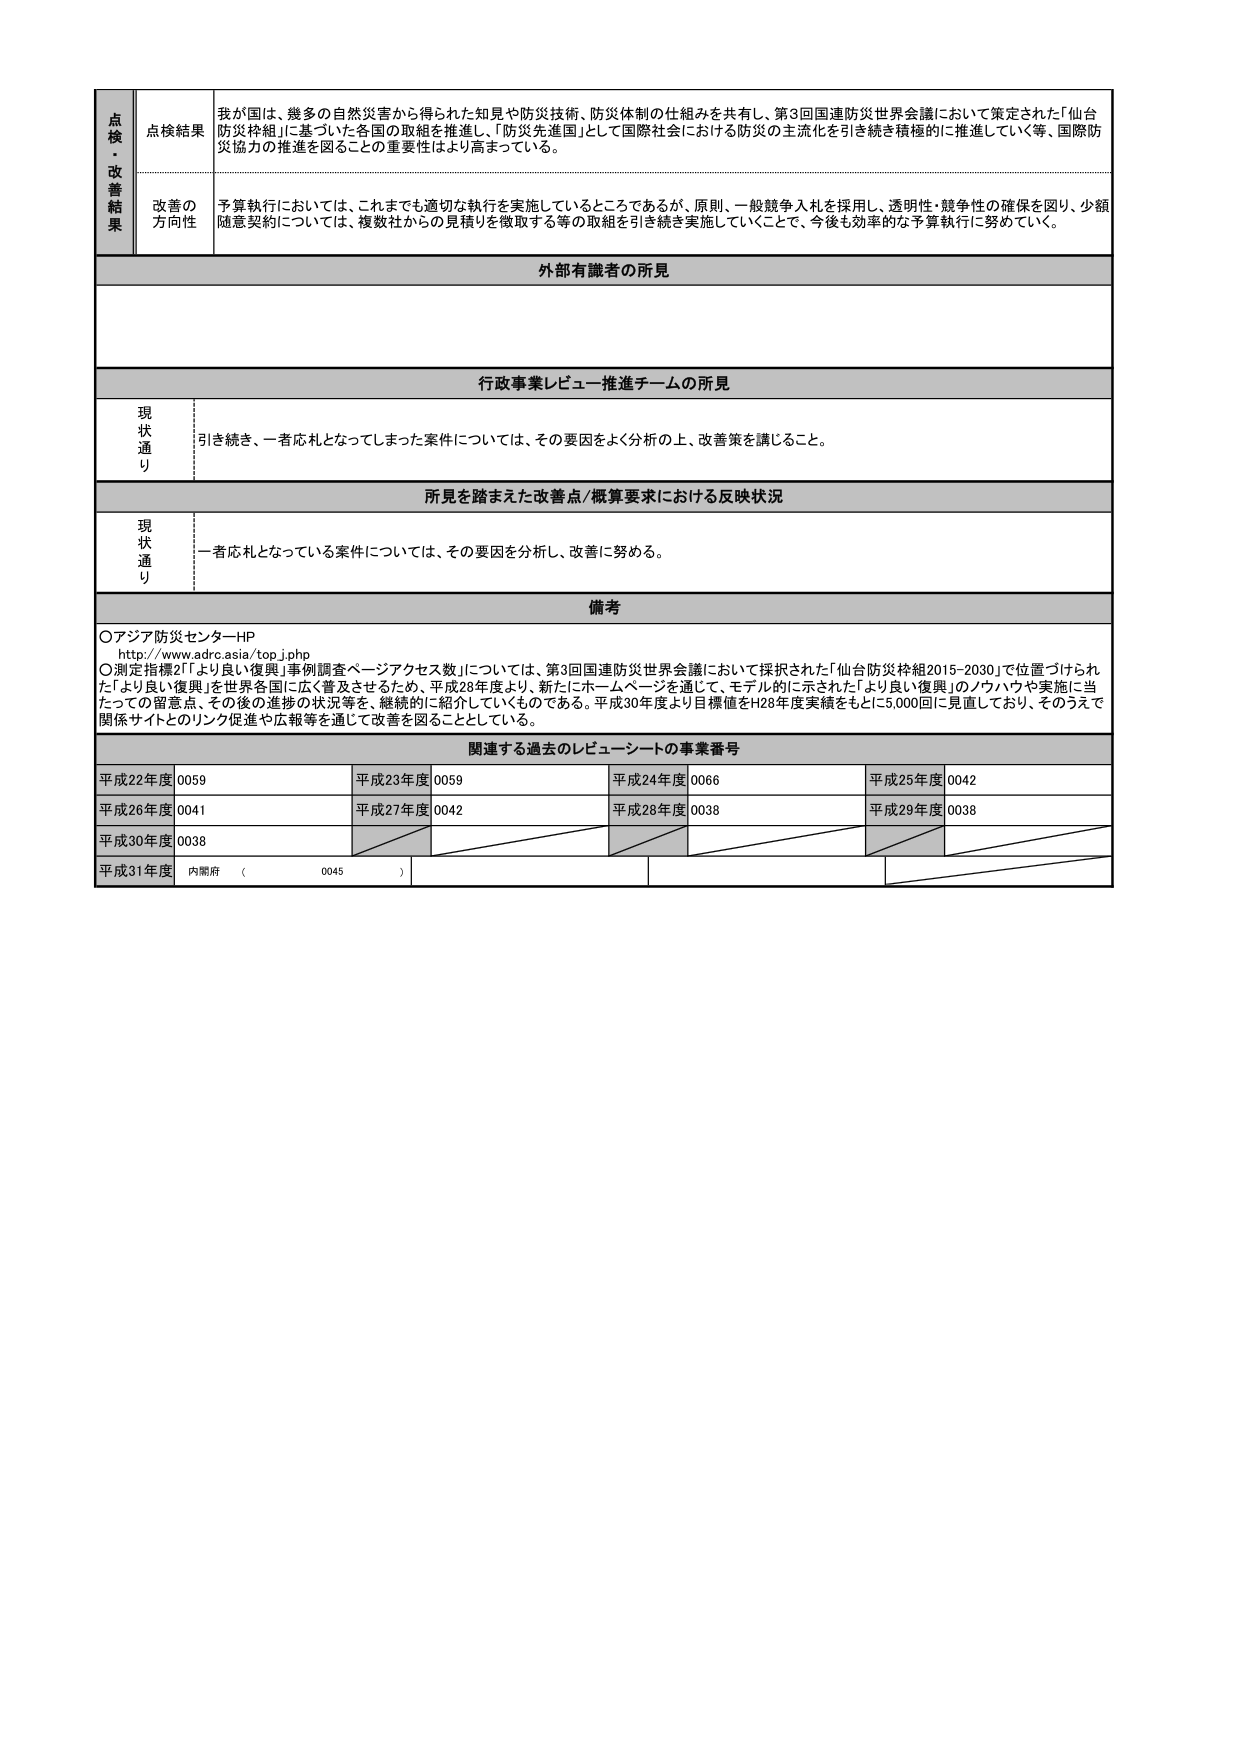
点検・改善結果
点検結果
我が国は、幾多の自然災害から得られた知見や防災技術、防災体制の仕組みを共有し、第3回国連防災世界会議において策定された「仙台防災枠組」に基づいた各国の取組を推進し、「防災先進国」として国際社会における防災の主流化を引き続き積極的に推進していく等、国際防災協力の推進を図ることの重要性はより高まっている。

改善の方向性
予算執行においては、これまでも適切な執行を実施しているところであるが、原則、一般競争入札を採用し、透明性・競争性の確保を図り、少額随意契約については、複数社からの見積りを徴取する等の取組を引き続き実施していくことで、今後も効率的な予算執行に努めていく。

外部有識者の所見

行政事業レビュー推進チームの所見
現状通り
引き続き、一者応札となってしまった案件については、その要因をよく分析の上、改善策を講じること。

所見を踏まえた改善点/概算要求における反映状況
現状通り
一者応札となっている案件については、その要因を分析し、改善に努める。

備考
○アジア防災センターHP
http://www.adrc.asia/top.jphp
○測定指標2「『より良い復興』事例調査ページアクセス数」については、第3回国連防災世界会議において採択された「仙台防災枠組2015-2030」で位置づけられた「より良い復興」を世界各国に広く普及させるため、平成28年度より、新たにホームページを通じて、モデル的に示された「より良い復興」のノウハウや実施に当たっての留意点、その後の進捗の状況等を、継続的に紹介していくものである。平成30年度より目標値をH28年度実績をもとに5,000回に見直しており、そのうえで関係サイトとのリンク促進や広報等を通じて改善を図ることとしている。

関連する過去のレビュー・シートの事業番号
平成22年度 0059
平成23年度 0059
平成24年度 0066
平成25年度 0042
平成26年度 0041
平成27年度 0042
平成28年度 0038
平成29年度 0038
平成30年度 0038
平成31年度 内閣府（ 0045 ）